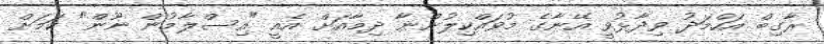
ރާގިބް އަހްމަދު ވިދާޅުވީ އޭނާގެ މުވައްކިލުންނާ ދިމާއަށް އެއީ "އިސްލާމުން ނޫން" ކަމަށް